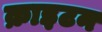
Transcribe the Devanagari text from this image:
क्राइटन